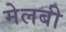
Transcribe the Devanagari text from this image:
मेलबी